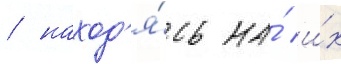
/ наход'я́сь на́ и́х